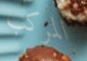
المركب